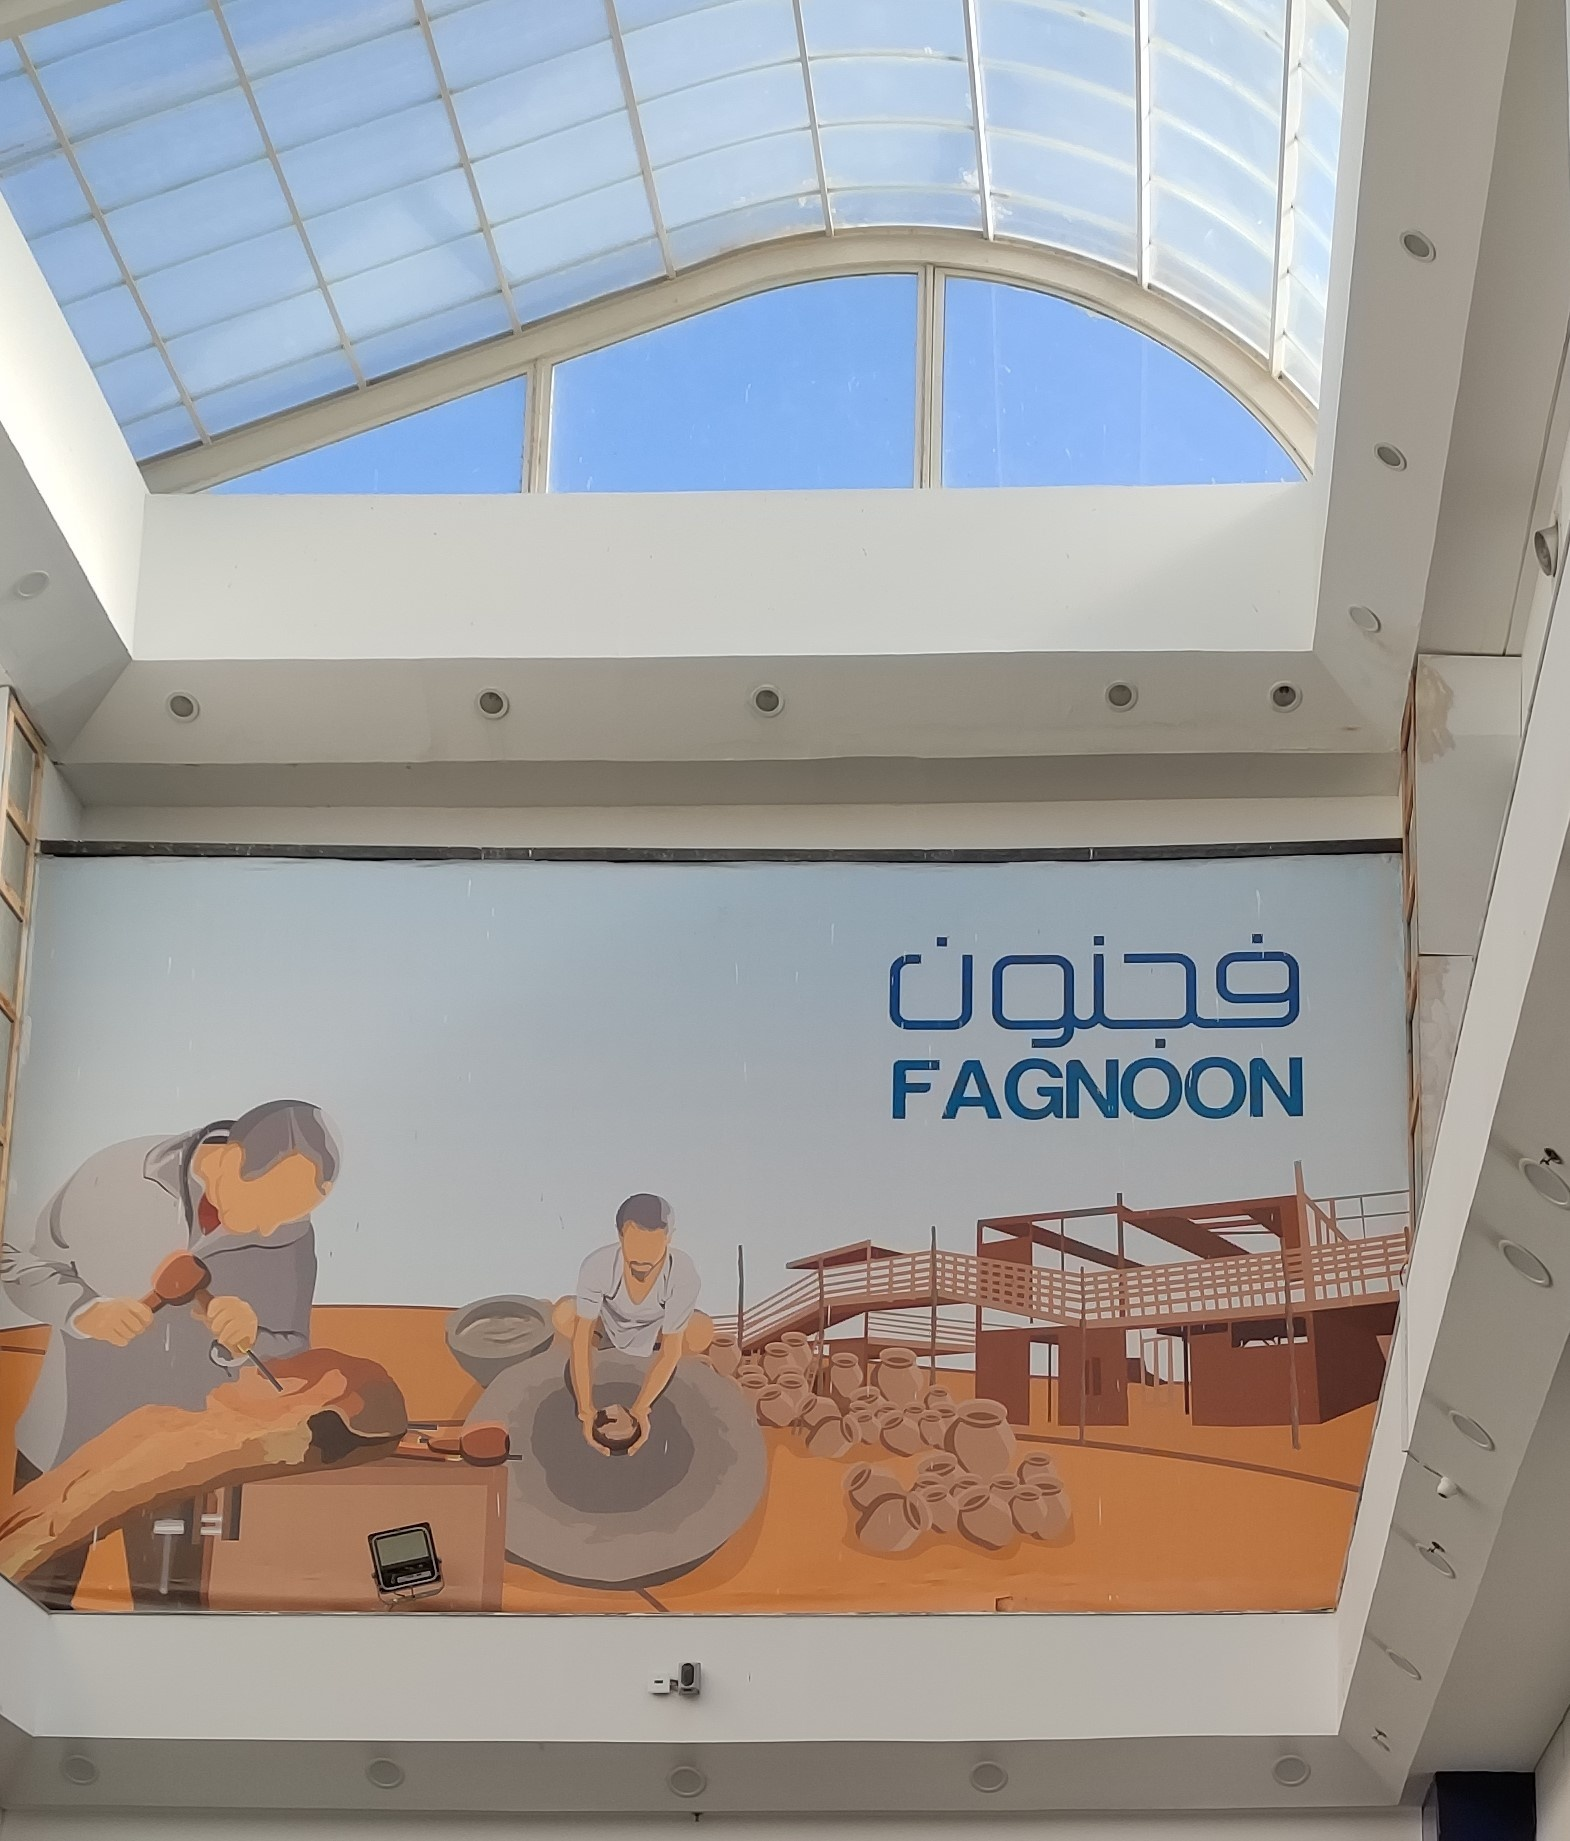
Text in image: فجنون FAGNOON